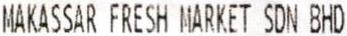
MAKASSAR FRESH MARKET SDN BHD